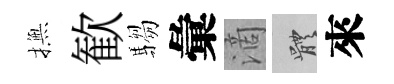
撫歓騶彙滴體來